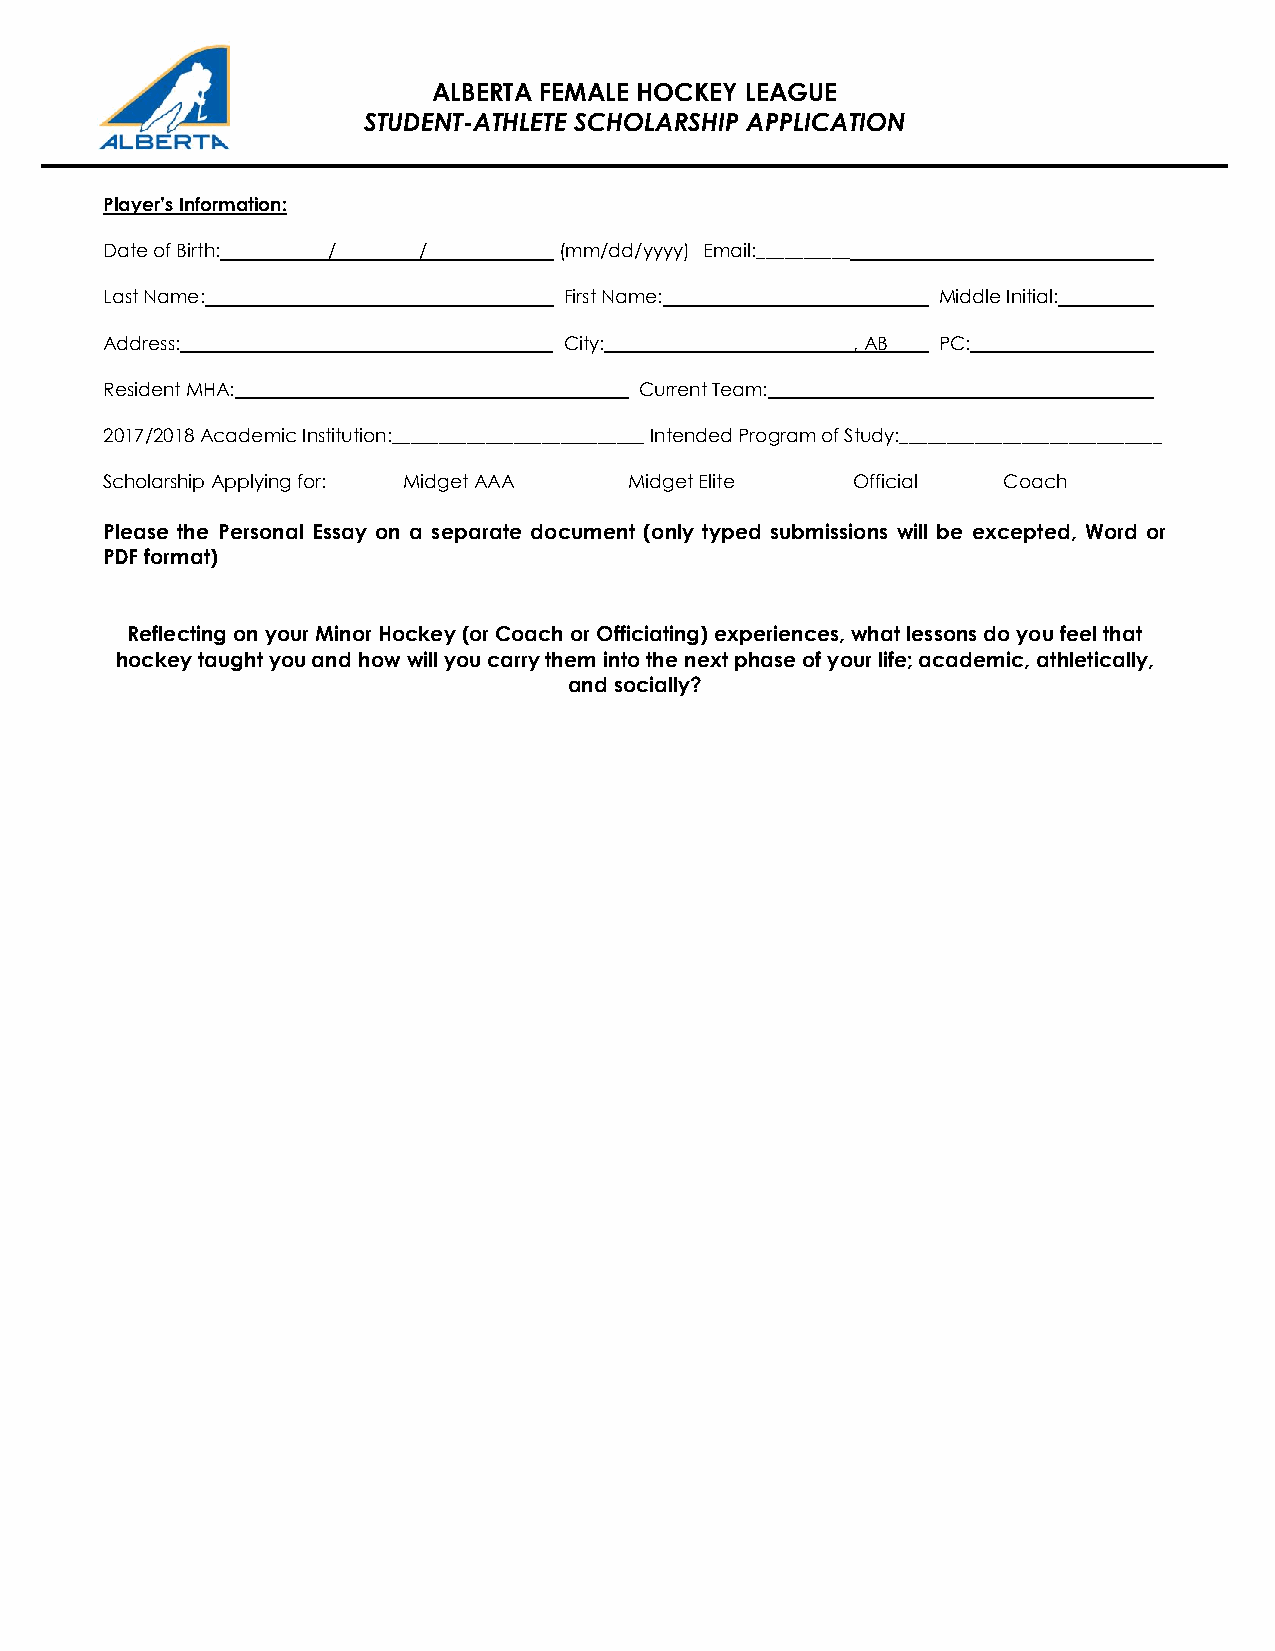
ALBERTA FEMALE HOCKEY LEAGUE
 STUDENT-ATHLETE SCHOLARSHIP APPLICATION
 Player’s Information:
 Date of Birth: /     /        (mm/dd/yyyy) Email:__________
 Last Name:                    First Name:              Middle Initial:
 Address:                      City:               , AB PC:
 Resident MHA:       ________       Current Team:
 2017/2018 Academic Institution:___________________________ Intended Program of Study:____________________________
 Scholarship Applying for: Midget AAA Midget Elite Official Coach
 Please the Personal Essay on a separate document (only typed submissions will be excepted, Word or
 PDF format)
 Reflecting on your Minor Hockey (or Coach or Officiating) experiences, what lessons do you feel that
 hockey taught you and how will you carry them into the next phase of your life; academic, athletically,
 and socially?